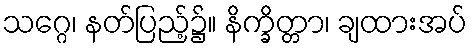
သဂ္ဂေ၊ နတ်ပြည့်၌။ နိက္ခိတ္တာ၊ ချထားအပ်